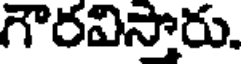
గౌరవిస్తారు.